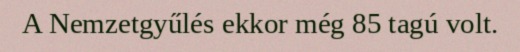
A Nemzetgyűlés ekkor még 85 tagú volt.